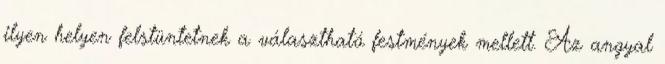
ilyen helyen felstüntetnek a választható festmények mellett. Az angyal